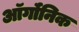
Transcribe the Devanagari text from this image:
ऑर्गॉनिक